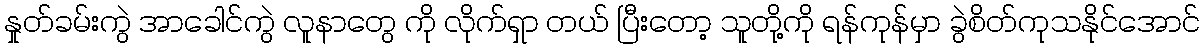
နှုတ်ခမ်းကွဲ အာခေါင်ကွဲ လူနာတွေ ကို လိုက်ရှာ တယ် ပြီးတော့ သူတို့ကို ရန်ကုန်မှာ ခွဲစိတ်ကုသနိုင်အောင်